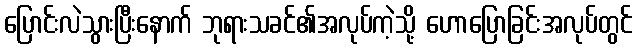
ပြောင်းလဲသွားပြီးနောက် ဘုရားသခင်၏အလုပ်ကဲ့သို့ ဟောပြောခြင်းအလုပ်တွင်